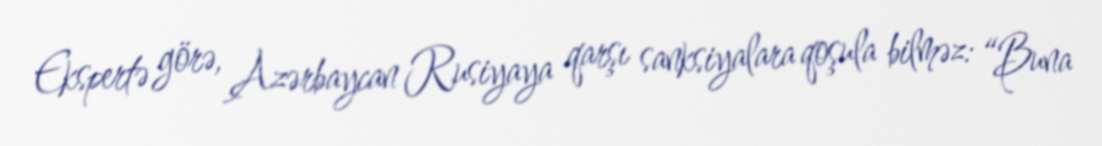
Ekspertə görə, Azərbaycan Rusiyaya qarşı sanksiyalara qoşula bilməz: “Buna